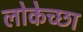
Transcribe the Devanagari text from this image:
लोकेच्छा